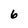
Character: 6